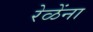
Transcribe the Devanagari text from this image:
रेळेंना